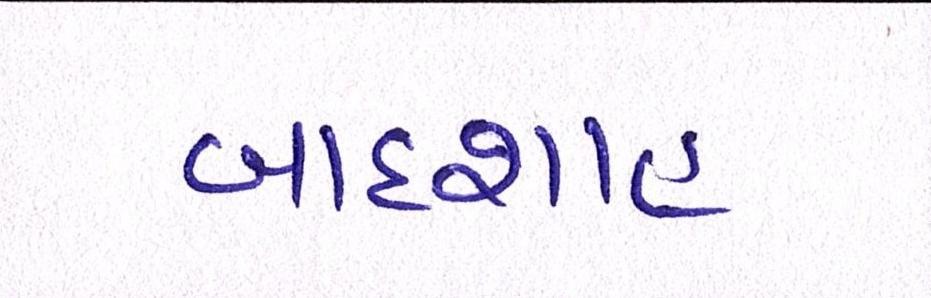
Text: બાદશાહ